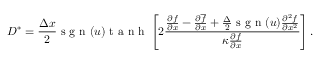
D ^ { \ast } = \frac { \Delta x } { 2 } \mathrm { ~ s ~ g ~ n ~ } ( u ) \mathrm { ~ t ~ a ~ n ~ h ~ } \left[ 2 \frac { \frac { \partial f } { \partial x } - \frac { \partial \overline { { f } } } { \partial x } + \frac { \Delta } { 2 } \mathrm { ~ s ~ g ~ n ~ } ( u ) \frac { \partial ^ { 2 } f } { \partial x ^ { 2 } } } { \kappa \frac { \partial { f } } { \partial x } } \right] .